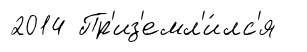
2014 Пр'из'емл'и́лс'я